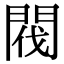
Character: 閥